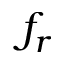
f _ { r }